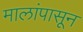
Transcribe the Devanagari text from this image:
मालांपासून